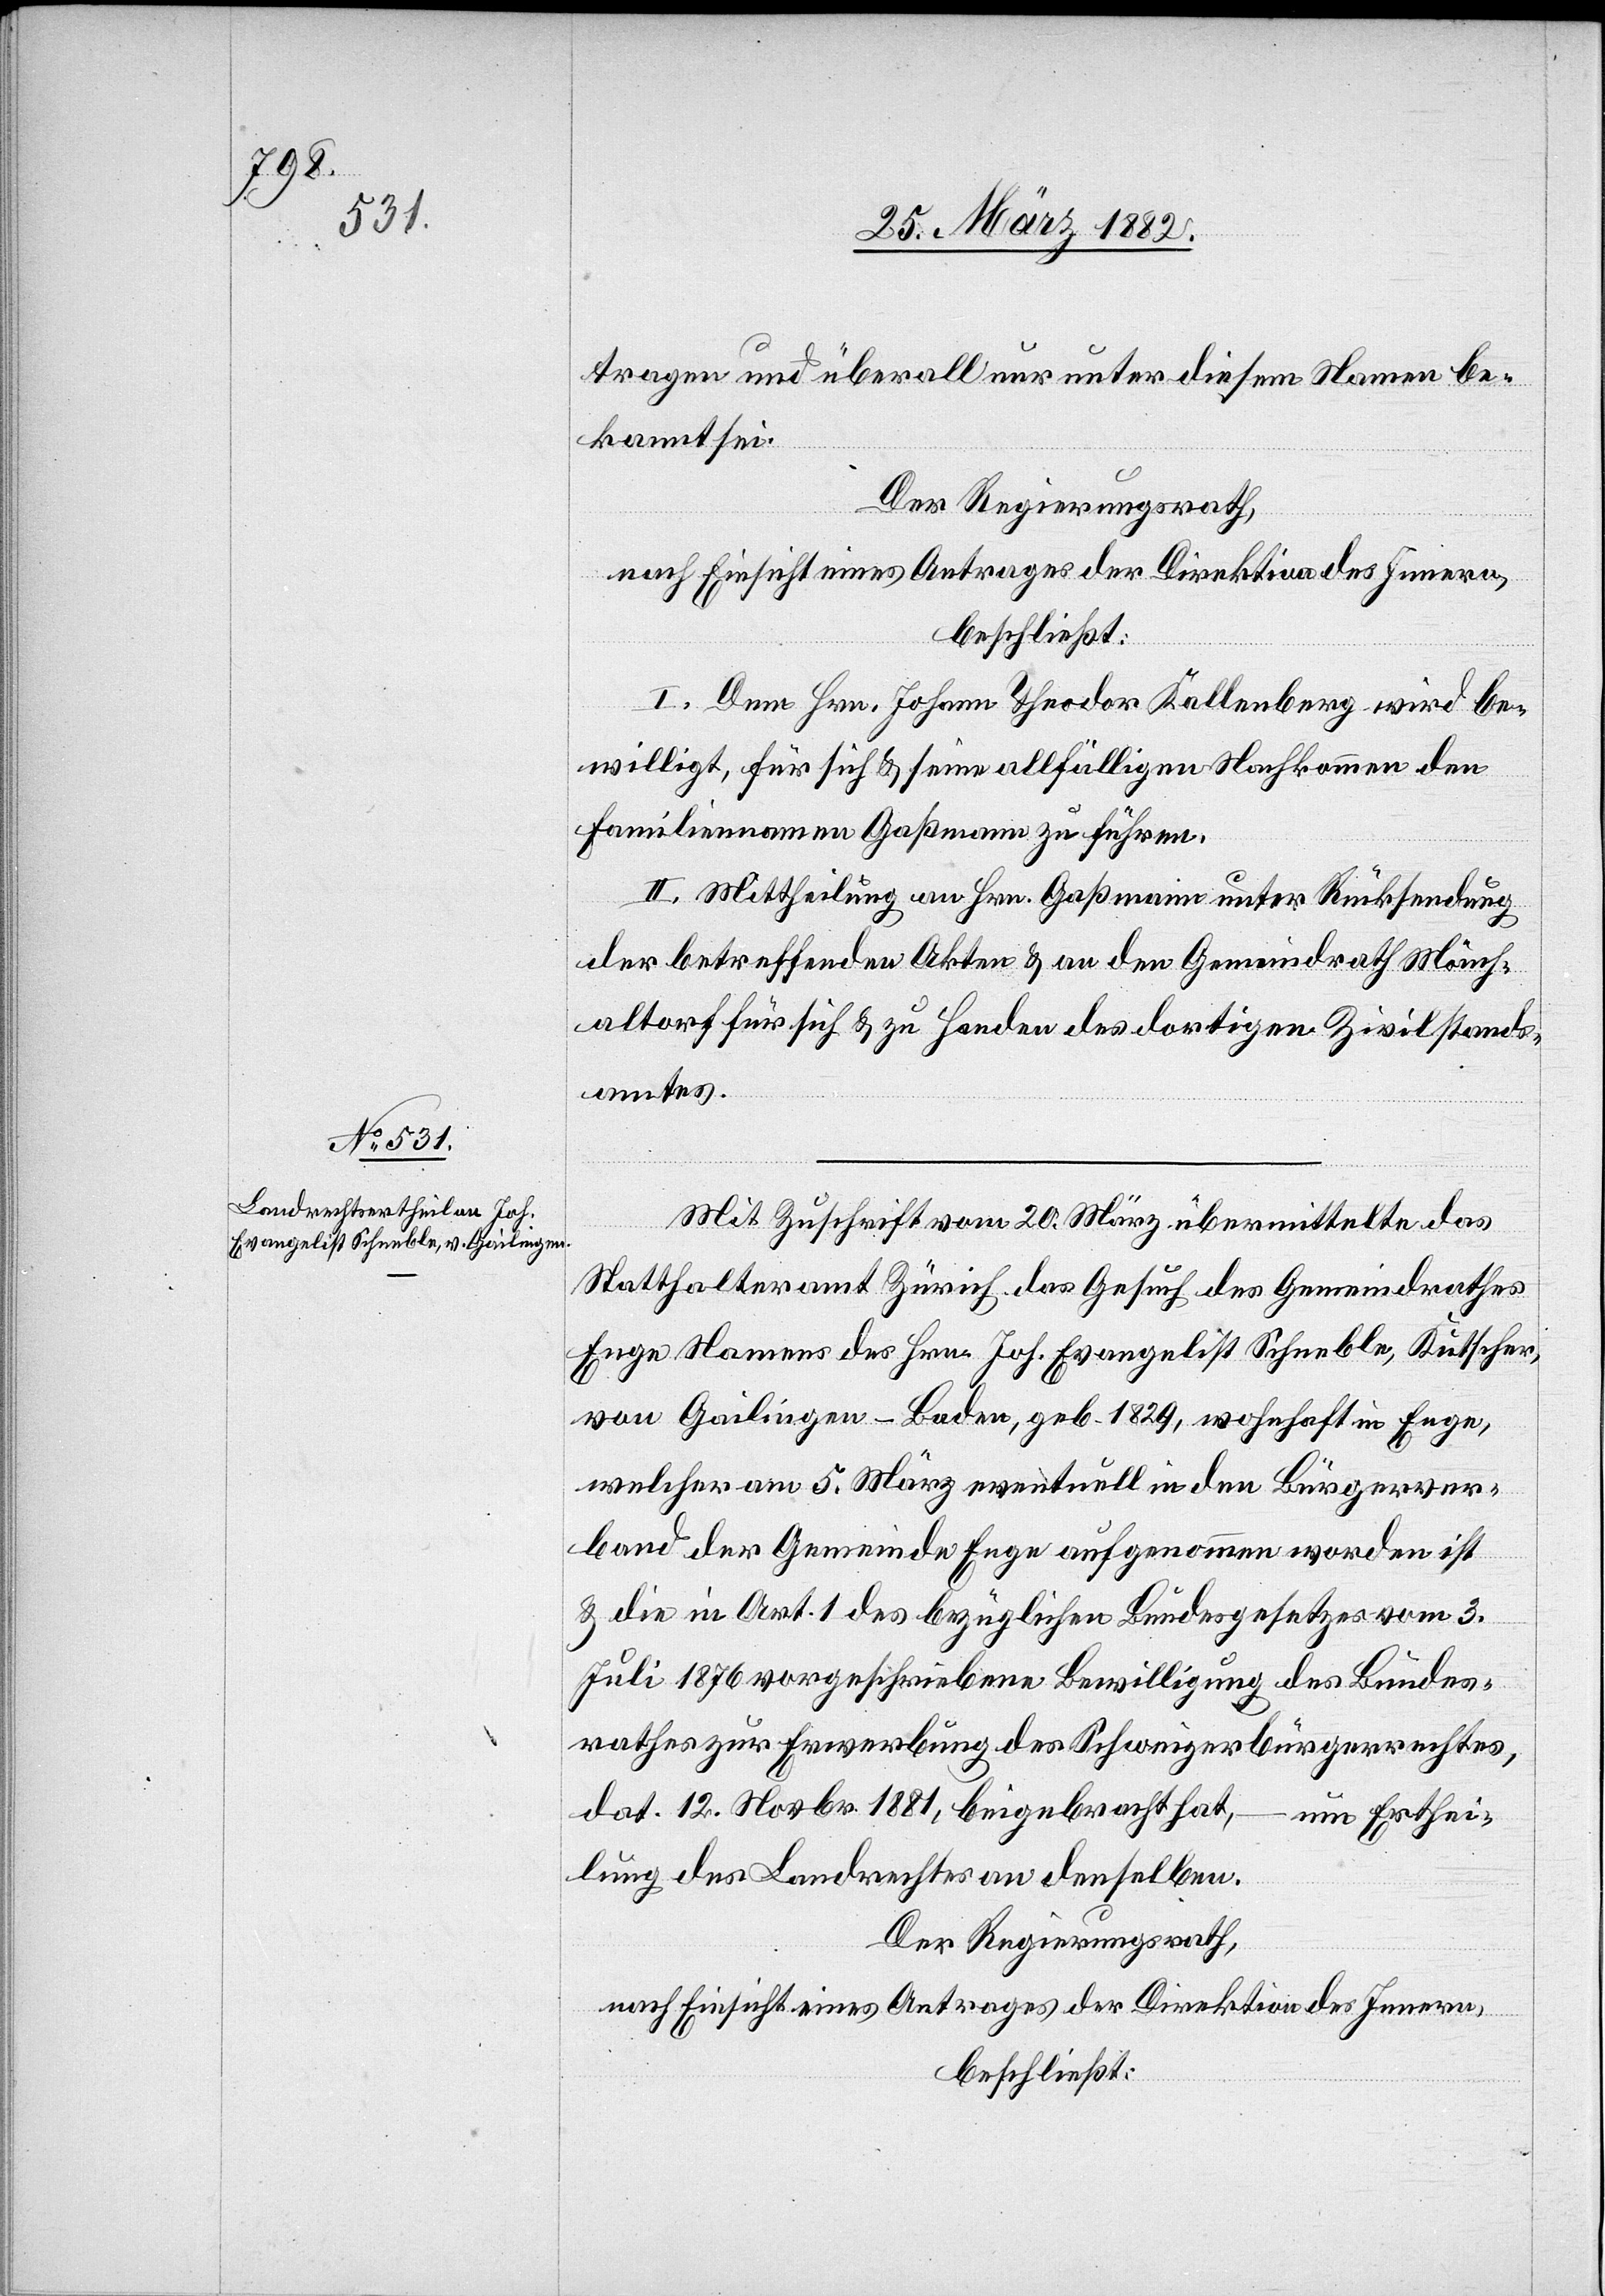
tragen und überall nur unter diesem Namen be¬
kannt sei.
Der Regierungsrath,
nach Einsicht eines Antrages der Direktion des Innern,
beschließt:
I. Dem Hrn. Johann Theodor Kallenberg wird be¬
willigt, für sich & seine allfälligen Nachkommen den
Familiennamen Gaßmann zu führen.
II. Mittheilung an Hrn. Gaßmann unter Rücksendung
der betreffenden Akten & an den Gemeindrath Mönch¬
altorf für sich & zu Handen des dortigen Zivilstands¬
amtes.
Mit Zuschrift vom 20. März übermittelte das
Statthalteramt Zürich das Gesuch des Gemeindrathes
Enge Namens des Hrn. Joh. Evangelist Schneble, Kutscher,
von Gailingen - Baden, geb. 1829, wohnhaft in Enge,
welcher am 5. März eventuell in den Bürgerver¬
band der Gemeinde Enge aufgenommen worden ist
& die in Art. 1 des bezüglichen Bundesgesetzes vom 3.
Juli 1876 vorgeschriebene Bewilligung des Bundes¬
rathes zur Erwerbung des Schweizerbürgerrechtes,
dat. 12 Novbr. 1881, beigebracht hat, – um Erthei¬
lung des Landrechts an denselben.
Der Regierungsrath,
nach Einsicht eines Antrages der Direktion des Innern,
beschließt: